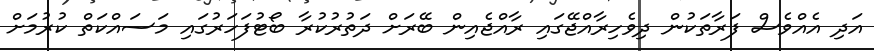
އަދި އެއްވެސް ފަރާތަކުން ދިވެހިރާއްޖޭގައި ރާއްޖެއިން ބޭރަށް ދަތުރުކުރާ ބޯޓުފަހަރުގައި މަސައްކަތް ކުރުމަށް